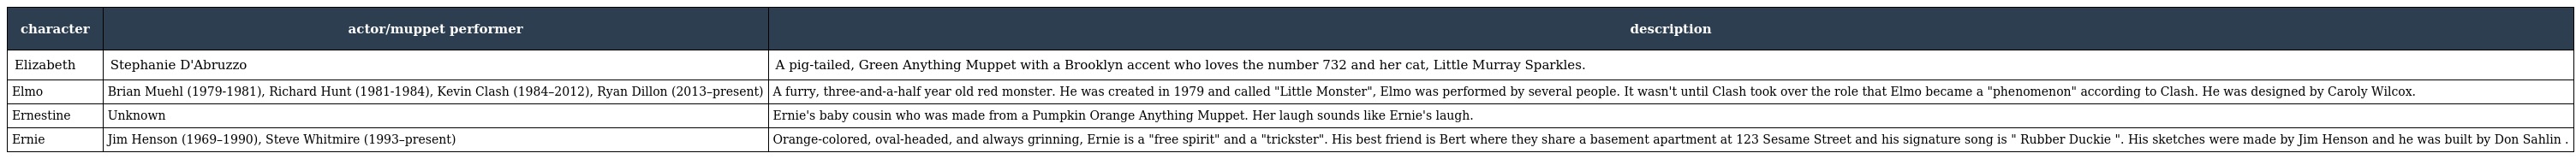
| character | actor/muppet performer | description |
 | --- | --- | --- |
 | Elizabeth | Stephanie D'Abruzzo | A pig-tailed, Green Anything Muppet with a Brooklyn accent who loves the number 732 and her cat, Little Murray Sparkles. |
 | Elmo | Brian Muehl (1979-1981), Richard Hunt (1981-1984), Kevin Clash (1984–2012), Ryan Dillon (2013–present) | A furry, three-and-a-half year old red monster. He was created in 1979 and called "Little Monster", Elmo was performed by several people. It wasn't until Clash took over the role that Elmo became a "phenomenon" according to Clash. He was designed by Caroly Wilcox. |
 | Ernestine | Unknown | Ernie's baby cousin who was made from a Pumpkin Orange Anything Muppet. Her laugh sounds like Ernie's laugh. |
 | Ernie | Jim Henson (1969–1990), Steve Whitmire (1993–present) | Orange-colored, oval-headed, and always grinning, Ernie is a "free spirit" and a "trickster". His best friend is Bert where they share a basement apartment at 123 Sesame Street and his signature song is " Rubber Duckie ". His sketches were made by Jim Henson and he was built by Don Sahlin . |